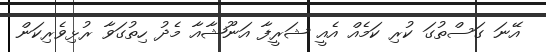
އޭނަ ގަސްތުގަ ކުރި ކަމެއް އެއީ ޝަރީފާ އަނޫޝާއާ މެދު ހިތުގަވާ ރުޅިވެރިކަން